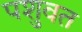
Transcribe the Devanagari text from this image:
पशुवत